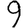
Digit: 9